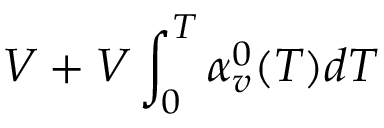
V + V \int _ { 0 } ^ { T } \alpha _ { v } ^ { 0 } ( T ) d T